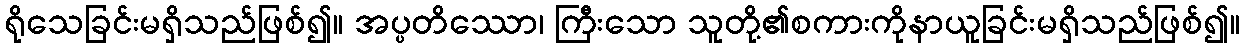
ရိုသေခြင်းမရှိသည်ဖြစ်၍။ အပ္ပတိဿော၊ ကြီးသော သူတို့၏စကားကိုနာယူခြင်းမရှိသည်ဖြစ်၍။